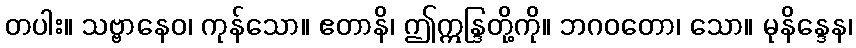
တပါး။ သဗ္ဗာနေဝ၊ ကုန်သော။ ဧတာနိ၊ ဤဣန္ဒြတို့ကို။ ဘဂဝတော၊ သော။ မုနိန္ဒေန၊